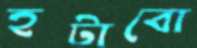
হটাবো